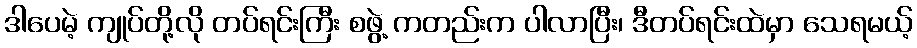
ဒါပေမဲ့ ကျုပ်တို့လို တပ်ရင်းကြီး စဖွဲ့ ကတည်းက ပါလာပြီး၊ ဒီတပ်ရင်းထဲမှာ သေရမယ့်